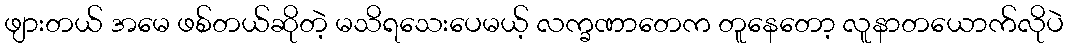
ဖျားတယ် အမေ ဖစ်တယ်ဆိုတဲ့ မသိရသေးပေမယ့် လက္ခဏာတေက တူနေတော့ လူနာတယောက်လိုပဲ